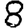
Digit: 8